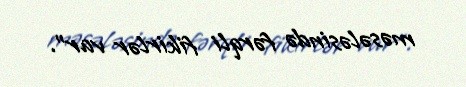
məsələsində fərqli fikirlər var”.